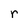
Character: r